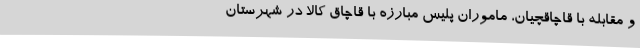
و مقابله با قاچاقچیان، ماموران پلیس مبارزه با قاچاق کالا در شهرستان